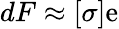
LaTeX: dF\approx[\sigma]\mathrm{e}